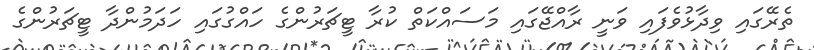
ތެރޭގައި ވިދާޅުވެފައި ވަނީ ރާއްޖޭގައި މަސައްކަތް ކުރާ ޓީޗަރުންގެ ހައްގުގައި ހަދަމުންދާ ޓީޗަރުންގެ